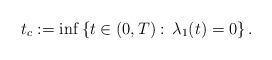
LaTeX: \begin{align*}t_c:=\inf\left\{t\in(0,T):\, \lambda_1(t)=0\right\}.\end{align*}